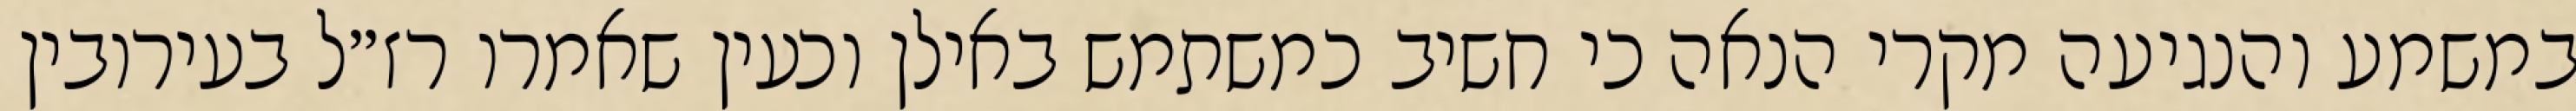
במשמע והנגיעה מקרי הנאה כי חשיב כמשתמש באילן וכעין שאמרו רז״ל בעירובין